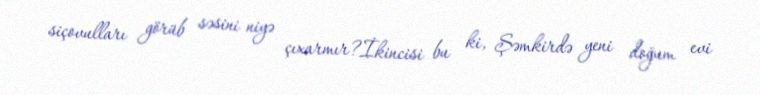
siçovulları görüb səsini niyə çıxarmır?İkincisi bu ki, Şəmkirdə yeni doğum evi